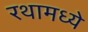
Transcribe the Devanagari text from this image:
रथामध्ये